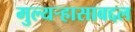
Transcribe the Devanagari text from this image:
मुल्यऱ्हासाबद्दल